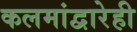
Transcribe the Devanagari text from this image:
कलमांद्वारेही